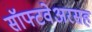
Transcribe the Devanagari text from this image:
सॉफ्टवेअरसह